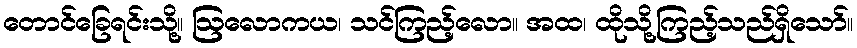
တောင်ခြေရင်းသို့။ ဩလောကယ၊ သင်ကြည့်လော။ အထ၊ ထိုသို့ကြည့်သည်ရှိသော်။